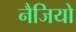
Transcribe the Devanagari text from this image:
नैजियो